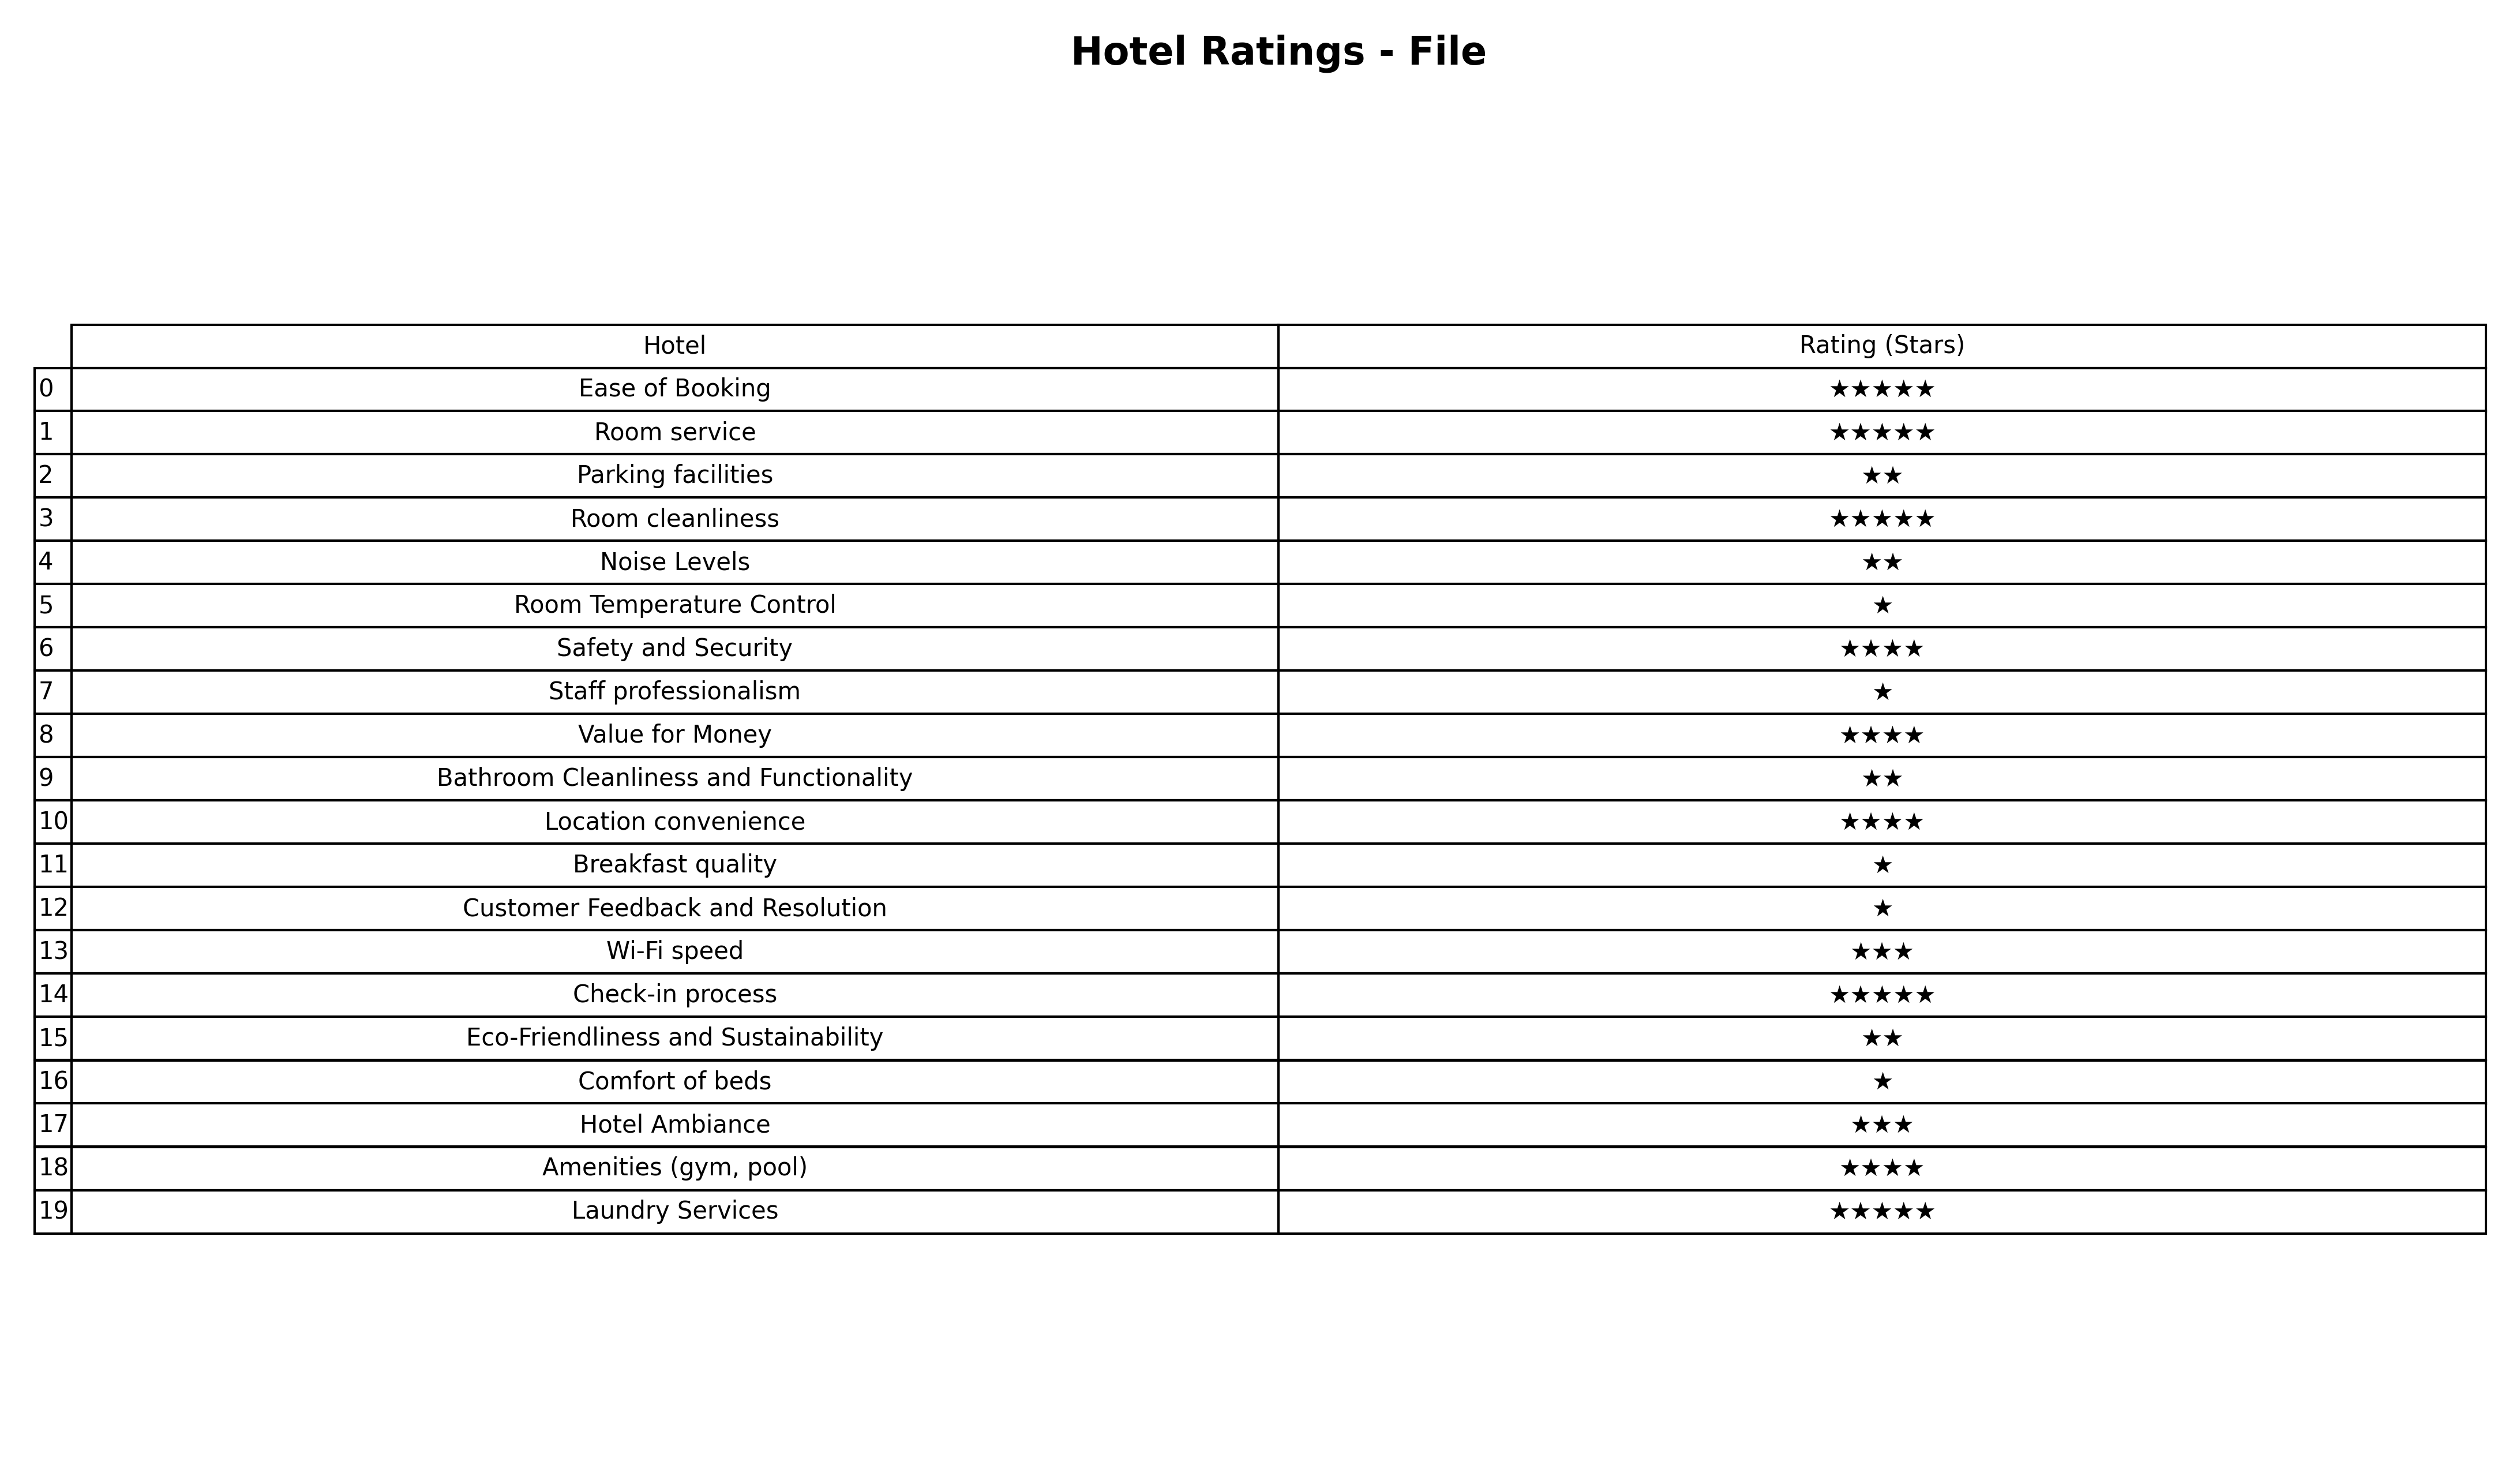
question: What are one star services?
answer: Room Temperature ControlStaff professionalismBreakfast qualityCustomer Feedback and ResolutionComfort of beds